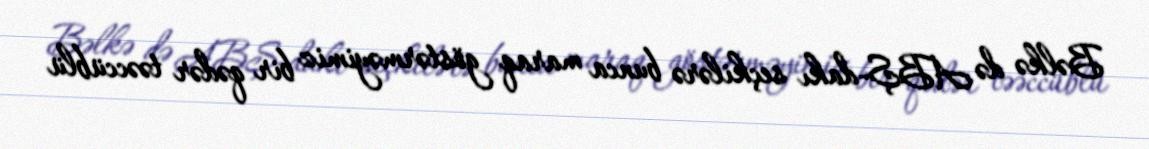
Bəlkə də ABŞ-dakı seçkilərə bunca maraq göstərməyimiz bir qədər təəccüblü